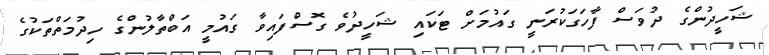
ޝަހީދުންގެ ދުވަސް ފާހަގަކުރަނީ ގައުމަށް ޓަކައި ޝަހީދުވެ ގޮސްފައިވާ ގައުމީ އަބްތާލުންގެ ހިދުމަތްތަކުގެ